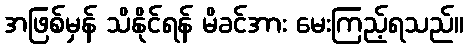
အဖြစ်မှန် သိနိုင်ရန် မိခင်အား မေးကြည့်ရသည်။